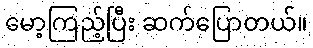
မော့ကြည့်ပြီး ဆက်ပြောတယ်။